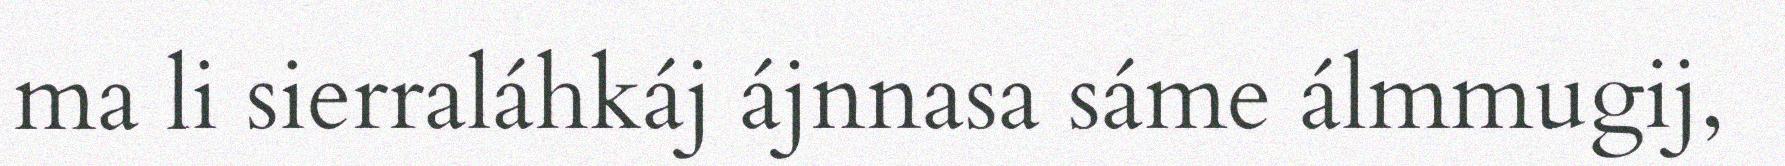
ma li sierraláhkáj ájnnasa sáme álmmugij,